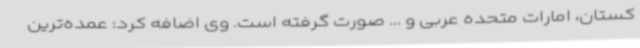
کستان، امارات متحده عربی و ... صورت گرفته است. وی اضافه کرد: عمده‌ترین